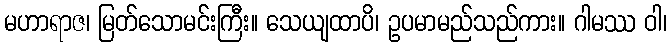
မဟာရာဇ၊ မြတ်သောမင်းကြီး။ သေယျထာပိ၊ ဥပမာမည်သည်ကား။ ဂါမဿ ဝါ၊